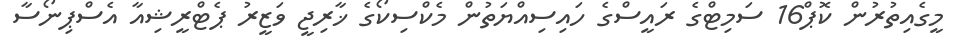
މީގެއިތުރުން ކޮޕް16 ސަމިޓްގެ ރައީސްގެ ހައިސިއްޔަތުން މެކްސިކޯގެ ޚާރިޖީ ވަޒީރު ޕެޓްރީޝިއާ އެސްޕިނޯސާ